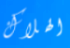
الهلاك